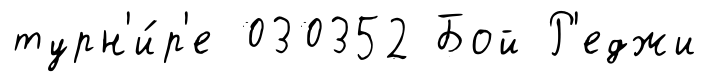
турн'и́р'е 030352 Бой Р'еджи